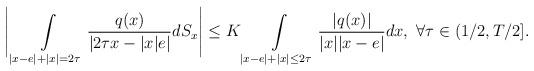
LaTeX: \begin{align*}\begin{aligned}\Bigg|\int\limits_{|x-e|+|x|=2\tau}\frac{q(x)}{|2\tau x-|x|e|}dS_{x}\Bigg|\leq K \int\limits_{|x-e|+|x|\leq 2\tau}\frac{|q(x)|}{|x||x-e|}dx,\ \forall\tau\in(1/2,T/2].\end{aligned}\end{align*}